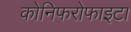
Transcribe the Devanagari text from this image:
कोनिफरोफाइटा